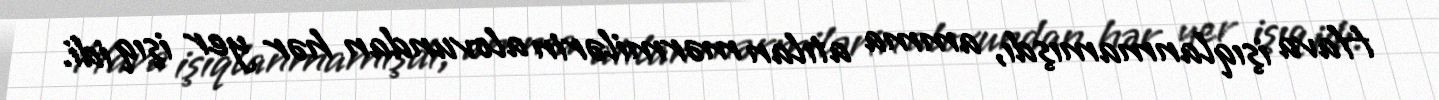
Hava işıqlanmamışdı, amma atılan mərmilərin alovundan hər yer işıq idi.